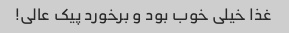
غذا خیلی خوب بود و برخورد پیک عالی!